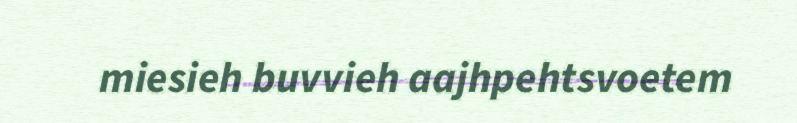
miesieh buvvieh aajhpehtsvoetem